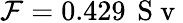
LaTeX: \mathcal{F}=0.429\, \mathrm{{~S~v~}}